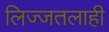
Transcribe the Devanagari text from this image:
लिज्जतलाही